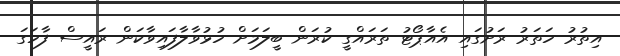
އިތުރު ހަތަރު ރަށުގައި އެއާޕޯޓު ތަރައްގީ ކުރަން ބީލަމަށް ހުޅުވާލާފައިވާކަން ރައީސް ފާހަގަ